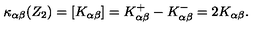
\kappa _ { \alpha \beta } ( Z _ { 2 } ) = [ K _ { \alpha \beta } ] = K _ { \alpha \beta } ^ { + } - K _ { \alpha \beta } ^ { - } = 2 K _ { \alpha \beta } .